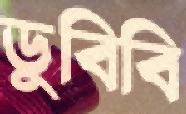
ডুবিবি